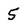
Character: 5